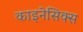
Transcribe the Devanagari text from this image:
काइनेसिक्स